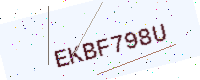
Text: EKBF798U